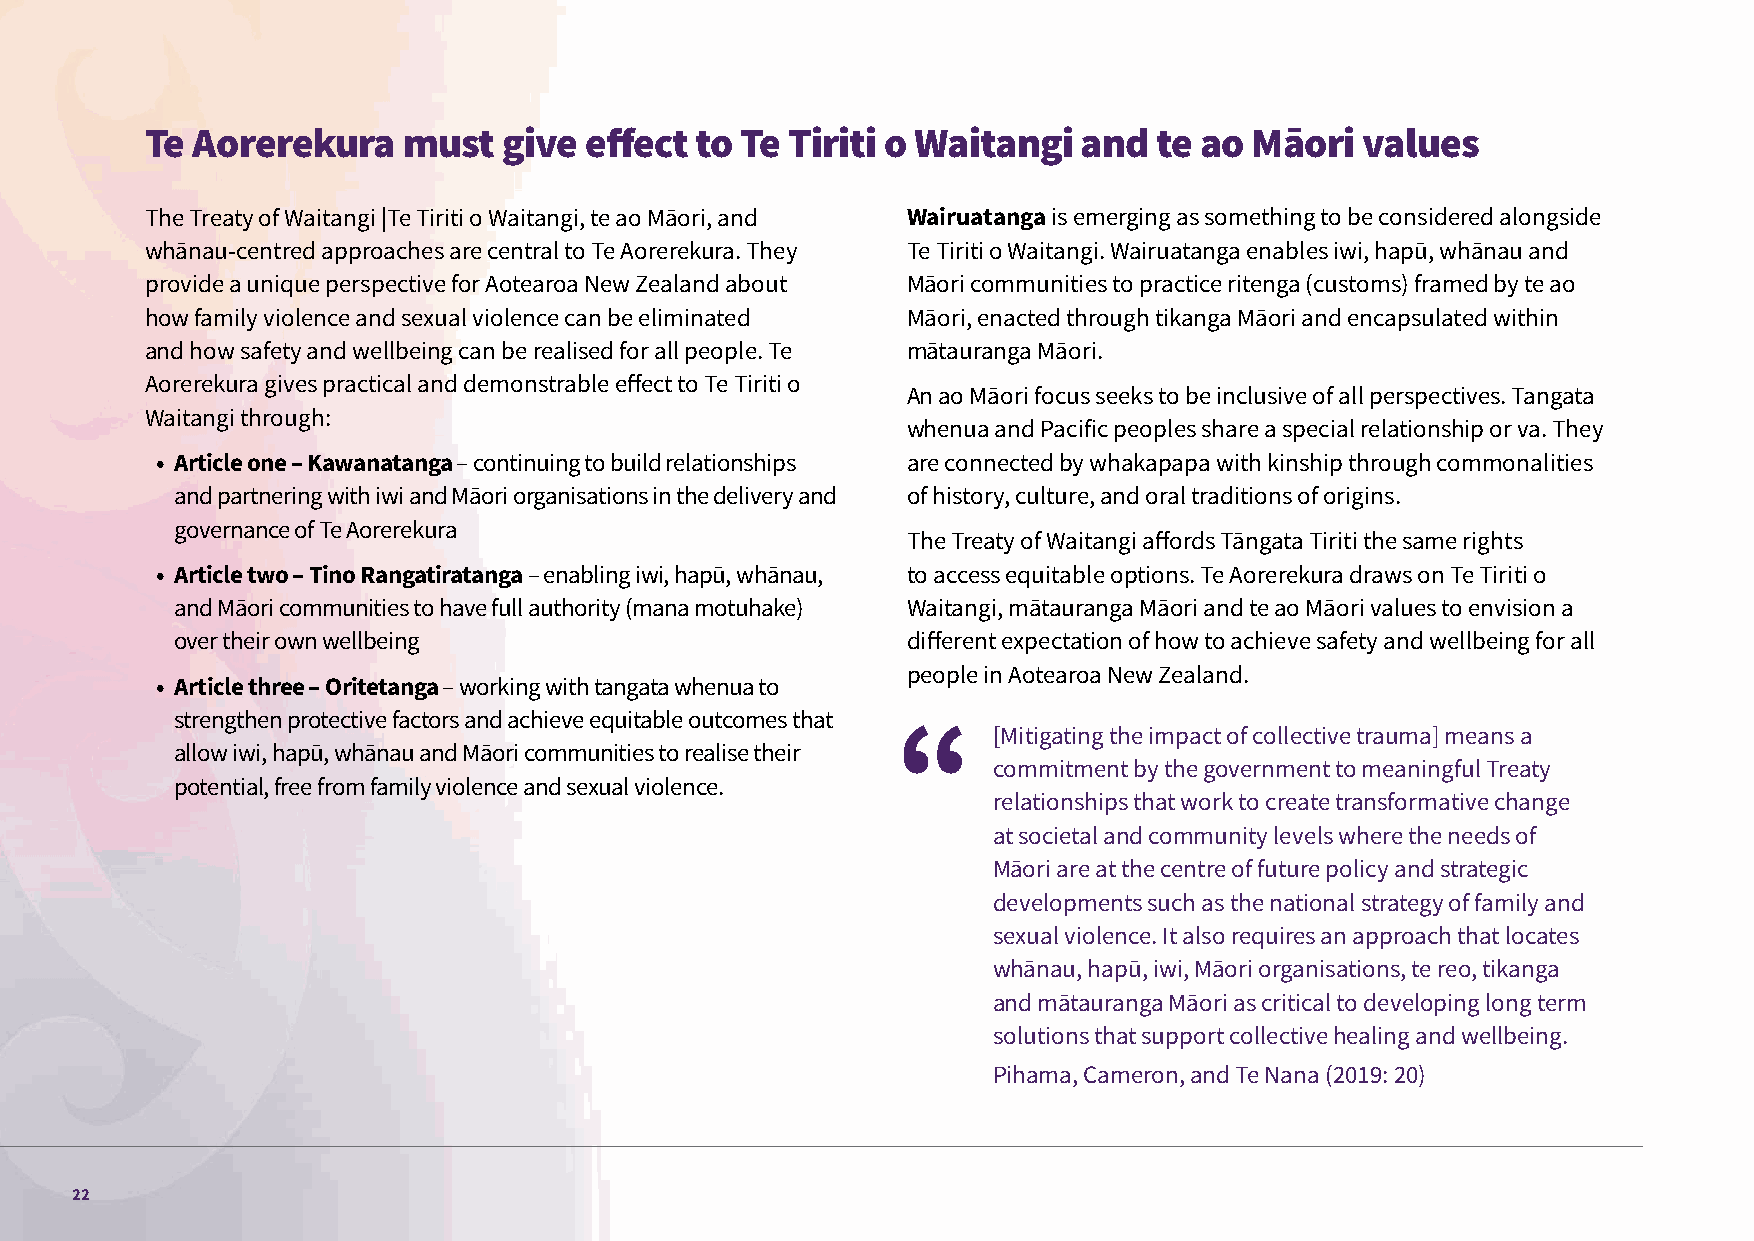
Te Aorerekura    must  give  effect to Te Tiriti o Waitangi   and  te ao Māori  values
 The Treaty of Waitangi |Te Tiriti o Waitangi, te ao Māori, and Wairuatanga is emerging as something to be considered alongside
 whānau-centred approaches are central to Te Aorerekura. They Te Tiriti o Waitangi. Wairuatanga enables iwi, hapū, whānau and
 provide a unique perspective for Aotearoa New Zealand about Māori communities to practice ritenga (customs) framed by te ao
 how family violence and sexual violence can be eliminated Māori, enacted through tikanga Māori and encapsulated within
 and how safety and wellbeing can be realised for all people. Te mātauranga Māori.
 Aorerekura gives practical and demonstrable effect to Te Tiriti o
 An ao Māori focus seeks to be inclusive of all perspectives. Tangata
 Waitangi through:
 whenua and Pacific peoples share a special relationship or va. They
 • Article one – Kawanatanga – continuing to build relationships are connected by whakapapa with kinship through commonalities
 and partnering with iwi and Māori organisations in the delivery and of history, culture, and oral traditions of origins.
 governance of Te Aorerekura
 The Treaty of Waitangi affords Tāngata Tiriti the same rights
 • Article two – Tino Rangatiratanga – enabling iwi, hapū, whānau, to access equitable options. Te Aorerekura draws on Te Tiriti o
 and Māori communities to have full authority (mana motuhake) Waitangi, mātauranga Māori and te ao Māori values to envision a
 over their own wellbeing                        different expectation of how to achieve safety and wellbeing for all
 people in Aotearoa New Zealand.
 • Article three – Oritetanga – working with tangata whenua to
 strengthen protective factors and achieve equitable outcomes that
 [Mitigating the impact of collective trauma] means a
 allow iwi, hapū, whānau and Māori communities to realise their
 commitment by the government to meaningful Treaty
 potential, free from family violence and sexual violence.
 relationships that work to create transformative change
 at societal and community levels where the needs of
 Māori are at the centre of future policy and strategic
 developments such as the national strategy of family and
 sexual violence. It also requires an approach that locates
 whānau, hapū, iwi, Māori organisations, te reo, tikanga
 and mātauranga Māori as critical to developing long term
 solutions that support collective healing and wellbeing.
 Pihama, Cameron, and Te Nana (2019: 20)
 22